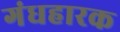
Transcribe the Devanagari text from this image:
गंधहारक